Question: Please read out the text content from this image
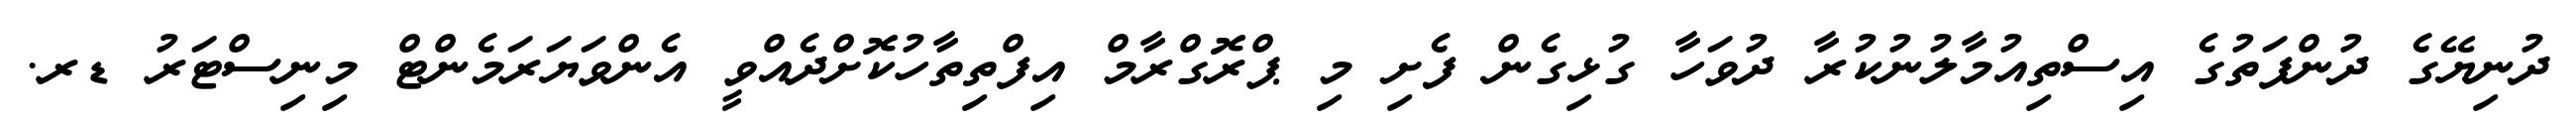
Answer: ދުނިޔޭގެ ދުންފަތުގެ އިސްތިއުމާލުނުކުރާ ދުވަހާ ގުޅިގެން ފެށި މި ޕްރޮގްރާމް އިފްތިތާހުކޮށްދެއްވީ އެންވަޔަރަމެންޓް މިނިސްޓަރު ޑރ.